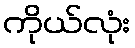
ကိုယ်လုံး